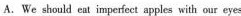
A.We should eet imperiect apples with oar eyes